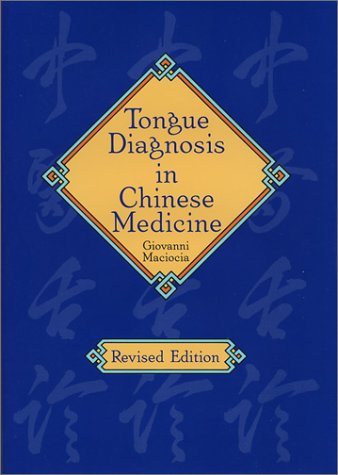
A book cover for Tongue Diagnosis in Chinese Medicine; Giovanni Maciocia; Health, Fitness & Dieting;